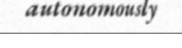
autonomously